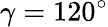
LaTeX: \gamma=120^{\circ}